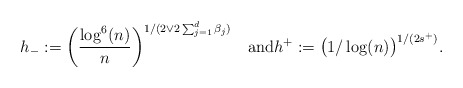
\begin{align*} h_{-}:= \biggl(\frac{\log^6(n)}{n} \biggr)^{1/(2\vee2\sum_{j=1}^d\beta_j)}\quad\mbox{and}h^{+}:= \bigl(1/\log(n) \bigr)^{1/(2s^{+})}.\end{align*}